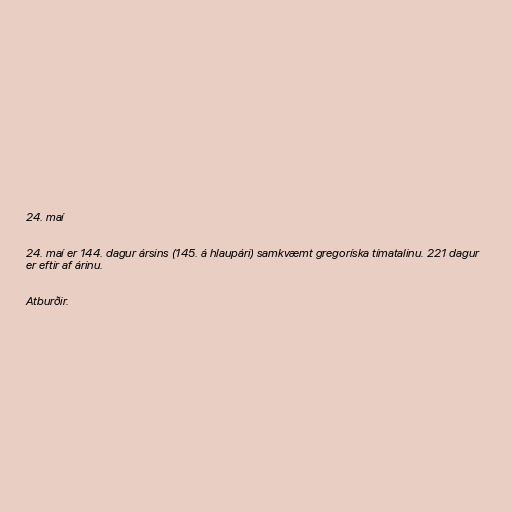
24. maí

24. maí er 144. dagur ársins (145. á hlaupári) samkvæmt gregoríska tímatalinu. 221 dagur
er eftir af árinu.

Atburðir.